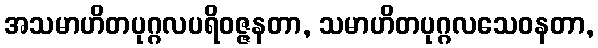
အသမာဟိတပုဂ္ဂလပရိဝဇ္ဇနတာ, သမာဟိတပုဂ္ဂလသေဝနတာ,